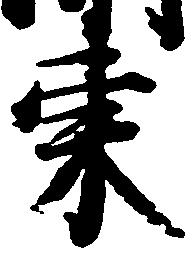
東